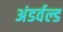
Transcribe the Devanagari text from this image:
अंडर्वल्ड